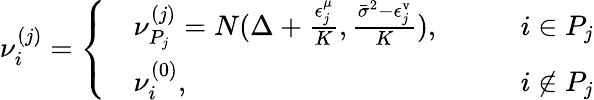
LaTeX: \begin{array}{r}{\nu_{i}^{(j)}=\left\{ \begin{array}{rlrl}&{\nu_{P_{j}}^{(j)}=N(\Delta+\frac{\epsilon_{j}^{\mu}}{K},\frac{\bar{\sigma}^{2}-\epsilon_{j}^{\mathrm{v}}}{K}),}&&{\quad i\in P_{j}}\\ &{\nu_{i}^{(0)},}&&{\quad i\notin P_{j}}\end{array}\right.}\end{array}